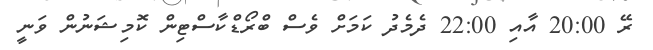
ރޭ 20:00 އާއި 22:00 ދެމެދު ކަމަށް ވެސް ބްރޯޑްކާސްޓިން ކޮމިޝަނުން ވަނީ